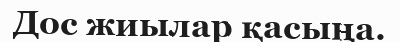
Дос жиылар қасыңа.